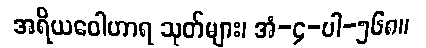
အရိယဝေါဟာရ သုတ်များ၊ အံ-၄-ပါ-၅၆၈။